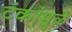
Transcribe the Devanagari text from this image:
टंकांमुळे